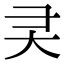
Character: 㚑